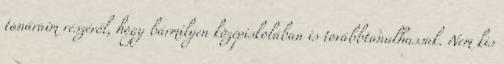
tanáraim részéről, hogy bármilyen középiskolában is továbbtanulhassak. Nem kis